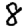
Digit: 8